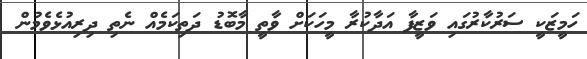
ހަމީޒަކީ ސަރުކާރުގައި ވަޒީފާ އަދާކުރާ މީހަކަށް ވާތީ މާބޮޑު ދަތިކަމެއް ނެތި ދިރިއުޅެވެމުން